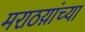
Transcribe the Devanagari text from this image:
मराठय़ांच्या